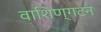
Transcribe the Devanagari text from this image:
वाशिण्गटन